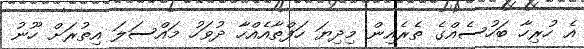
އެ ހުރިހާ ބަހުސެއްގެ ތެރެއިން މިދިޔަ ހަފްތާއެއްހާ ދުވަހު މައްސަލަ އިތުރަށް ހޫނު